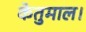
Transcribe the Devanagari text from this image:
केतुमाल।